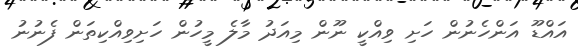
އައްޑޫ އަންހެނުން ހަށި ވިއްކީ ނޫން މިއަދު މާލެ މީހުން ހަށިވިއްކިތަން ފެނުނު